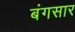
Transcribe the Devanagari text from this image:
बंगसार